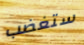
ستغضب